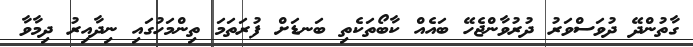
ގާތުންދޭ ދުވަސްވަރު ދުރުވާންޖެހޭ ބައެއް ކާބޯތަކެތި ބަނޑަށް ފުރަތަމަ ތިންމަހުގައި ނިދާއިރު ދިމާވާ